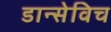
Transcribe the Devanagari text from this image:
डान्सेविच